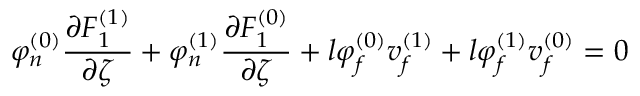
\varphi _ { n } ^ { ( 0 ) } \frac { \partial F _ { 1 } ^ { ( 1 ) } } { \partial \zeta } + \varphi _ { n } ^ { ( 1 ) } \frac { \partial F _ { 1 } ^ { ( 0 ) } } { \partial \zeta } + l \varphi _ { f } ^ { ( 0 ) } v _ { f } ^ { ( 1 ) } + l \varphi _ { f } ^ { ( 1 ) } v _ { f } ^ { ( 0 ) } = 0